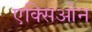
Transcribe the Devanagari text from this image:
एक्सिओन